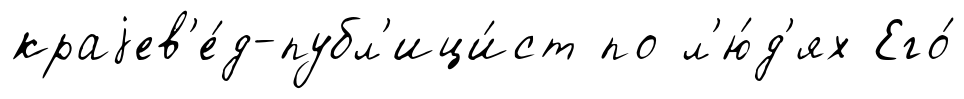
краjев'е́д-публ'ици́ст по л'ю́д'ях Его́